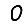
Digit: 0